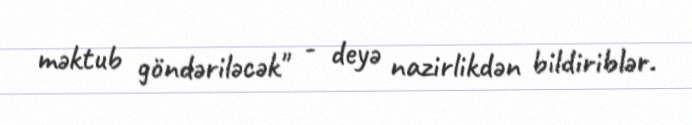
məktub göndəriləcək" - deyə nazirlikdən bildiriblər.